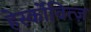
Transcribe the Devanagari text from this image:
हेर्स्कोवित्ज़